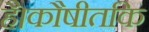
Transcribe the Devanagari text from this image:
है।कौषीतकि